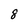
Character: 8